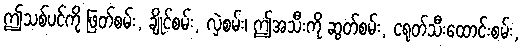
ဤသစ်ပင်ကို ဖြတ်စမ်း, ချိုင်စမ်း, လှဲစမ်း၊ ဤအသီးကို ဆွတ်စမ်း, ငရုတ်သီးထောင်းစမ်း,